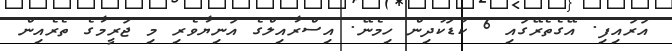
އަރައިފި. އޭގެތެރޭގައި 6 ކުޑަކުދިން ހިމެނޭ. އިސްރާއިލްގެ އަނިޔާވެރި މި ޖަރީމާގެ ތެރެއިން